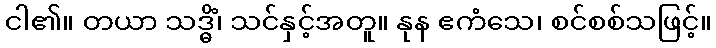
ငါ၏။ တယာ သဒ္ဓိံ၊ သင်နှင့်အတူ။ နုန ဧကံသေ၊ စင်စစ်သဖြင့်။